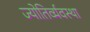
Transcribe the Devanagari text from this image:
ज्योतिर्व्यवस्था